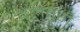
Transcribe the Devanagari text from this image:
वेलतुरी